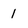
Character: 1